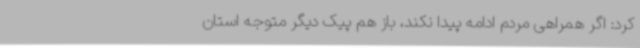
کرد: اگر همراهی مردم ادامه پیدا نکند، باز هم پیک دیگر متوجه استان